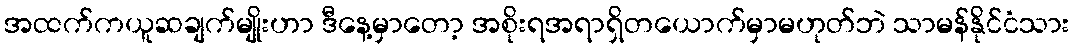
အထက်ကယူဆချက်မျိုးဟာ ဒီနေ့မှာတော့ အစိုးရအရာရှိတယောက်မှာမဟုတ်ဘဲ သာမန်နိုင်ငံသား